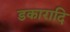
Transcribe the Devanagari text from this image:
डकारादि